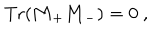
\mathrm { T r } ( { \bf M } _ { + } { \bf M } _ { - } ) = 0 \ ,